65_HS1-834228961_62-HQ-83894_Serial_164
Agency: FBI
Page 21
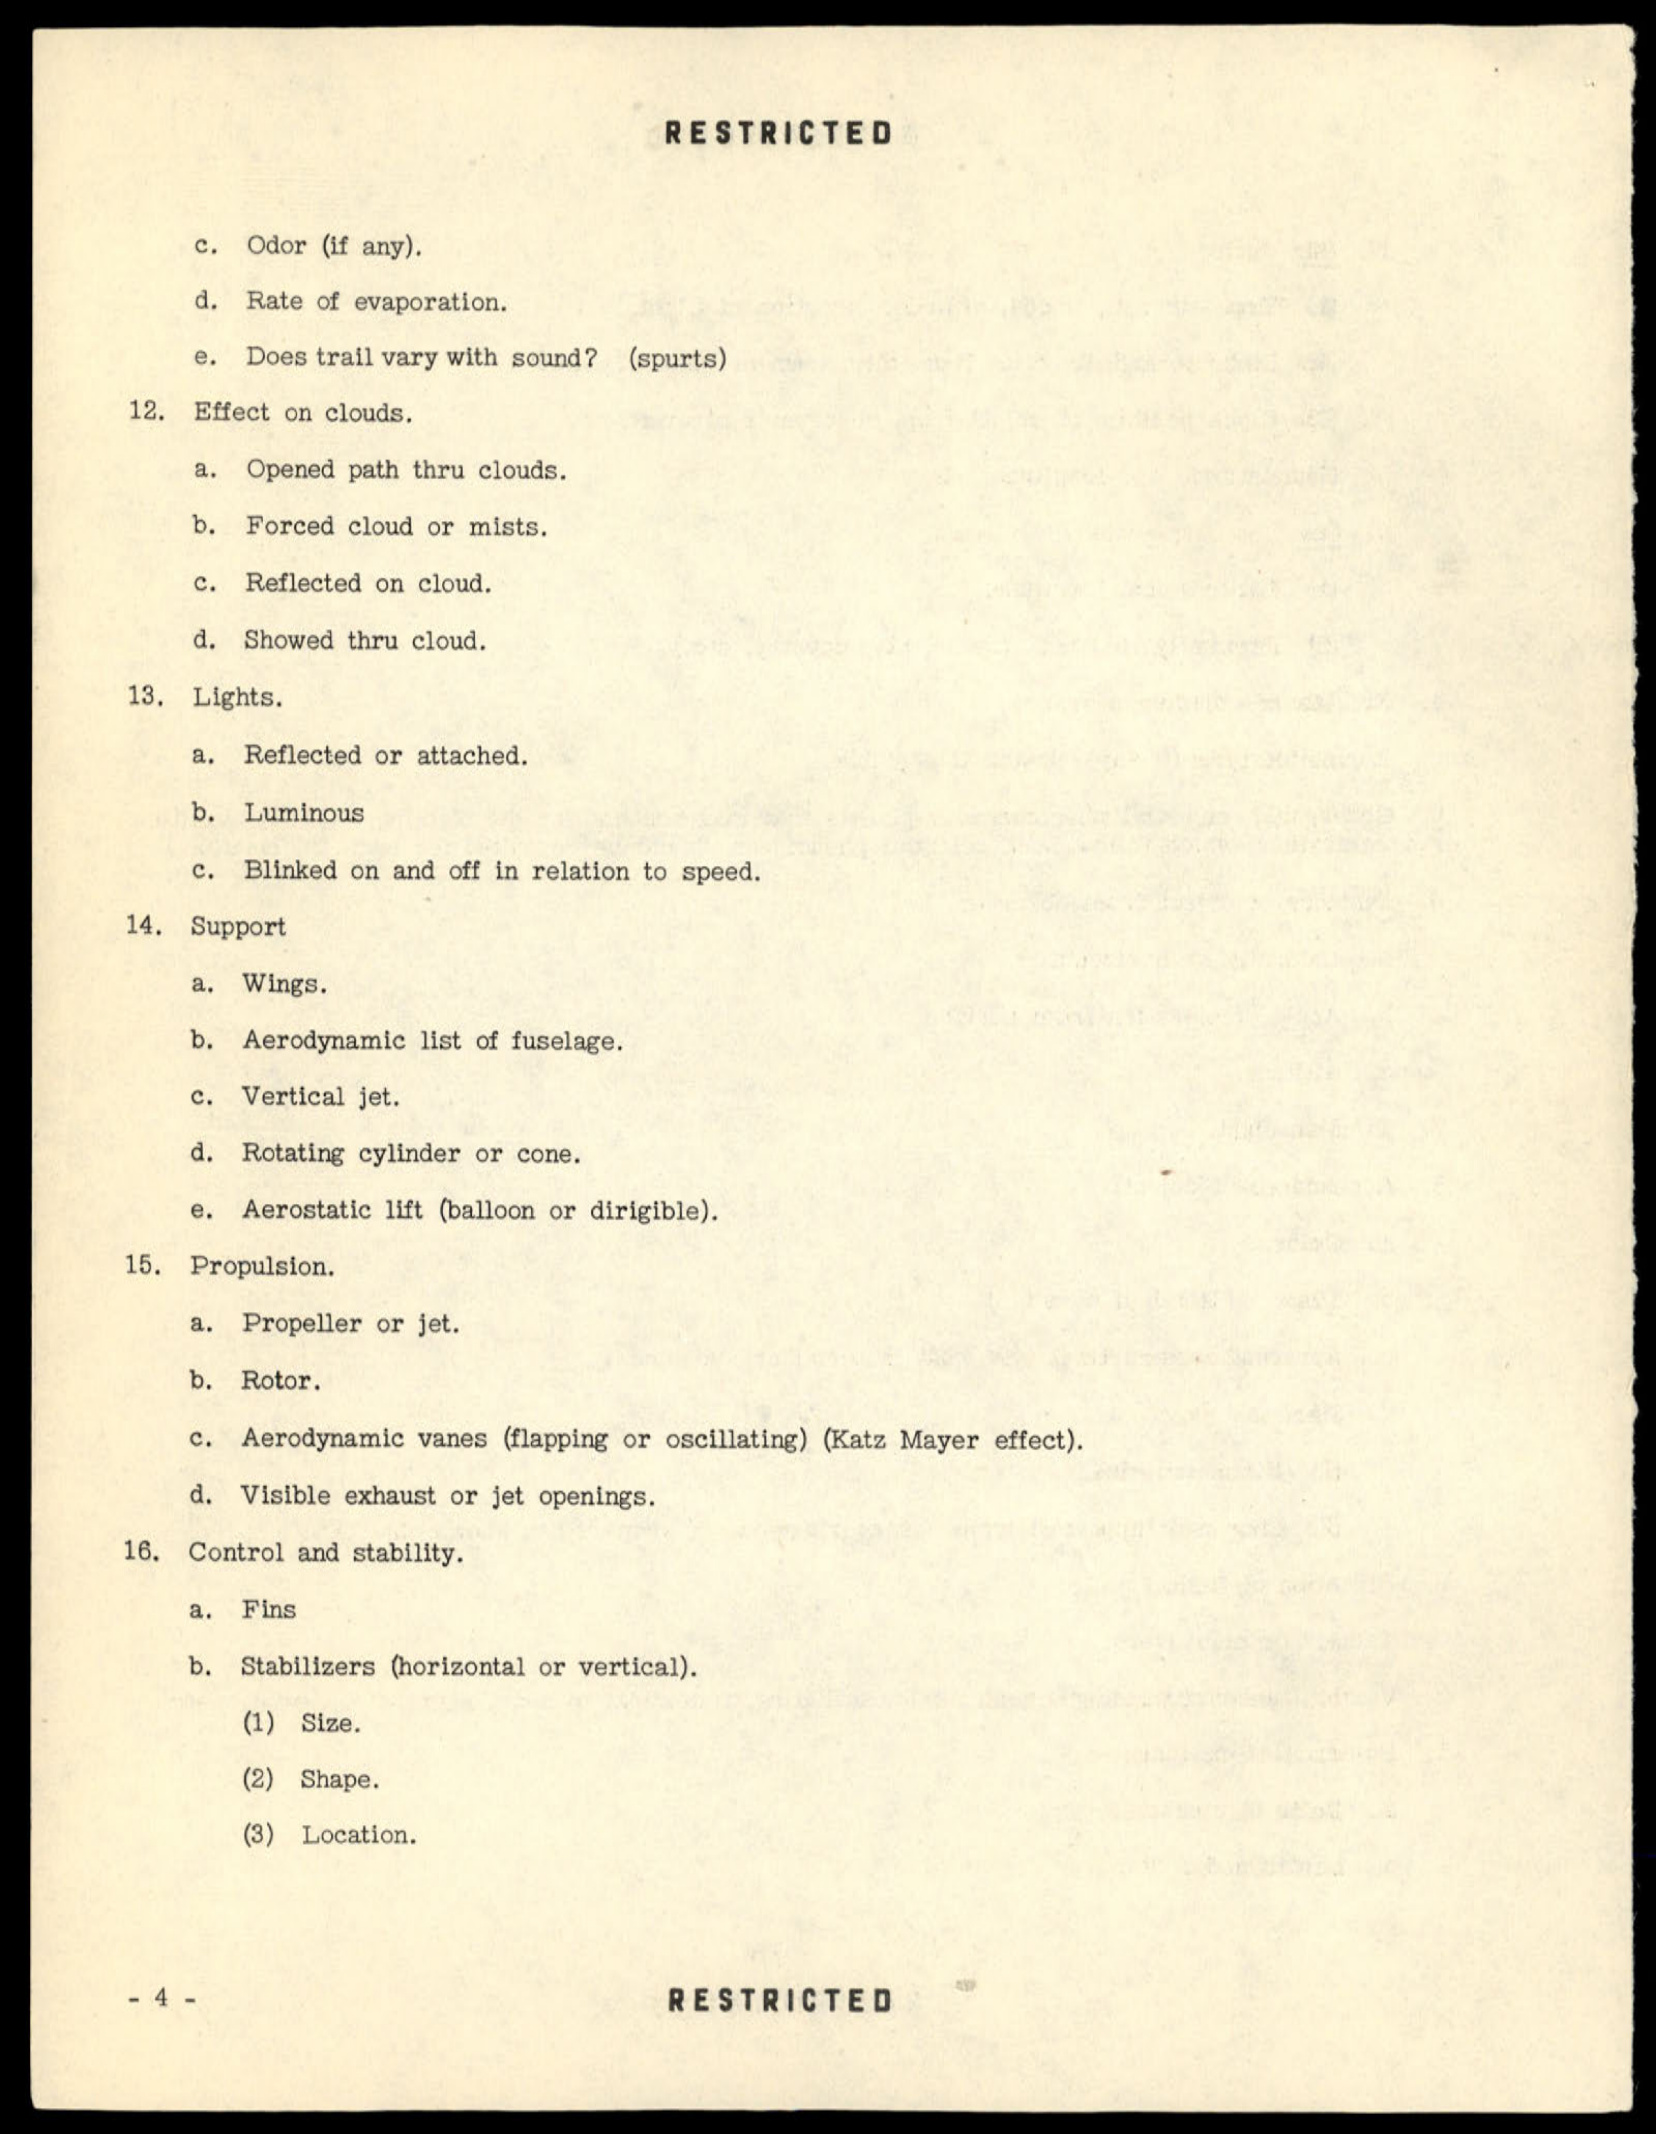